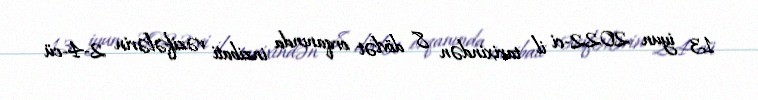
13 iyun 2022-ci il tarixindən 8 dövlət orqanında inzibati vəzifələrin 2-4-cü